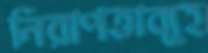
নিরাপত্তাব্যূহ